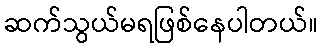
ဆက်သွယ်မရဖြစ်နေပါတယ်။